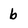
Character: b